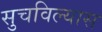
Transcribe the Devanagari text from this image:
सुचविल्यास